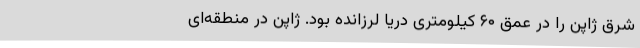
شرق ژاپن را در عمق ۶۰ کیلومتری دریا لرزانده بود. ژاپن در منطقه‌ای